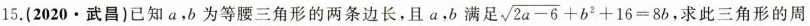
15.(2020·武昌)已知a，b为等腰三角形的两条边长，且a，b满足 $$\sqrt{2a-6}+b^{2}+16=8b$$ ，求此三角形的周